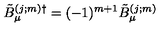
\tilde { B } _ { \mu } ^ { ( j ; m ) \dag } = ( - 1 ) ^ { m + 1 } \tilde { B } _ { \mu } ^ { ( j ; m ) }